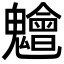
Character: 𮫨